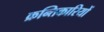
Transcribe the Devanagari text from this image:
क्रन्तिकारियों